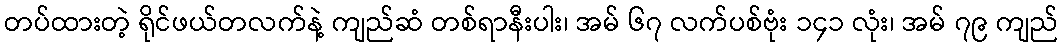
တပ်ထားတဲ့ ရိုင်ဖယ်တလက်နဲ့ ကျည်ဆံ တစ်ရာနီးပါး၊ အမ် ၆၇ လက်ပစ်ဗုံး ၁၄၁ လုံး၊ အမ် ၇၉ ကျည်